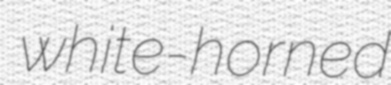
white-horned